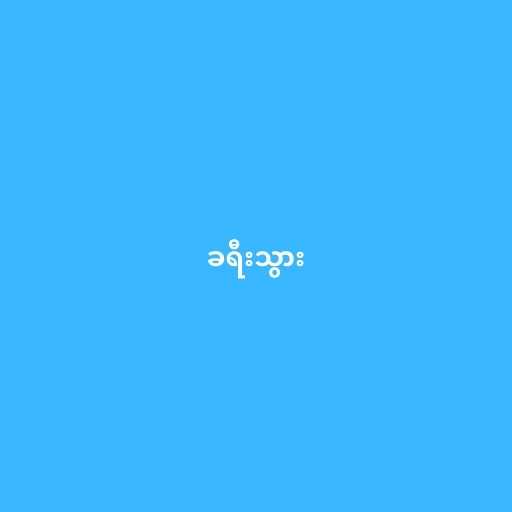
ခရီးသွား